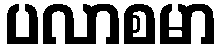
ပလာစမာ